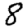
Digit: 8